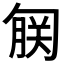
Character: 𫧄